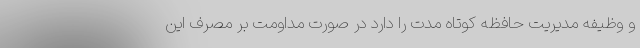
و وظیفه مدیریت حافظه کوتاه مدت را دارد در صورت مداومت بر مصرف این